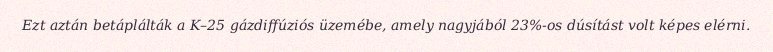
Ezt aztán betáplálták a K–25 gázdiffúziós üzemébe, amely nagyjából 23%-os dúsítást volt képes elérni.